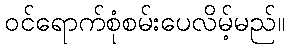
ဝင်ရောက်စုံစမ်းပေလိမ့်မည်။